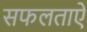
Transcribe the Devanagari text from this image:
सफलताऐं